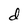
Character: d